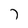
Character: 7